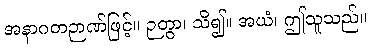
အနာဂတဉာဏ်ဖြင့်။ ဉတွာ၊ သိ၍။ အယံ၊ ဤသူသည်။